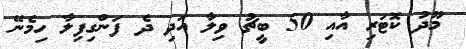
މޫދު ކޮޓަރި އާއި 50 ބީޗު ވިލާ އަދި ދެ ފަންގިފިލާ ހިމެނޭ